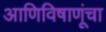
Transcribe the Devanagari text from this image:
आणिविषाणूंचा